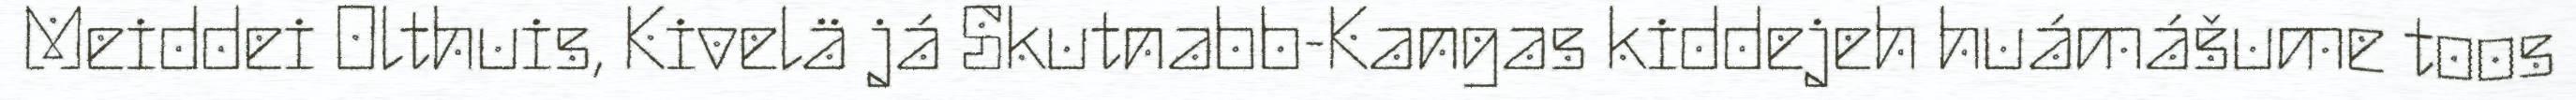
Meiddei Olthuis, Kivelä já Skutnabb-Kangas kiddejeh huámášume toos